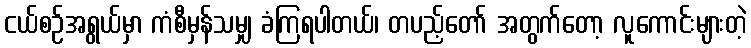
ငယ်စဉ်အရွယ်မှာ ကံစီမှန်သမျှ ခံကြရပါတယ်၊ တပည့်တော် အတွက်တော့ လူကောင်းများတဲ့